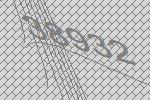
38932